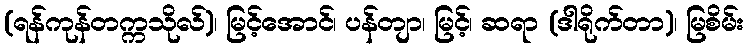
(ရန်ကုန်တက္ကသိုလ်)၊ မြင့်အောင်၊ ပန်တျာ၊ မြင့်၊ ဆရာ (ဒါရိုက်တာ)၊ မြစိမ်း